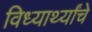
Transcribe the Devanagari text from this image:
विध्यार्थ्यांचे